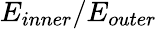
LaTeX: E_{inner}/E_{outer}